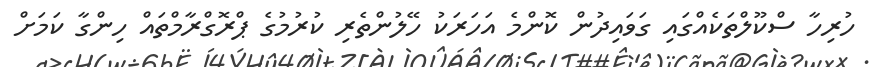
ހުރިހާ ސްކޫލްތަކެއްގައި ގަވައިދުން ކޮންމެ އަހަރަކު ހޭލުންތެރި ކުރުމުގެ ޕްރޮގްރާމްތައް ހިންގާ ކަމަށް